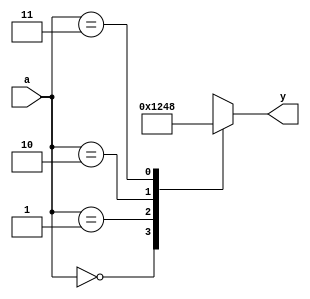
module decoder2_4(a,
                  y);

  input [1:0] a;
  output reg [3:0] y;

  always@(*)
  begin
    case(a)
      2'd0:y=4'b0001;
      2'd1:y=4'b0010;
      2'd2:y=4'b0100;
      2'd3:y=4'b1000;
    endcase
  end

endmodule